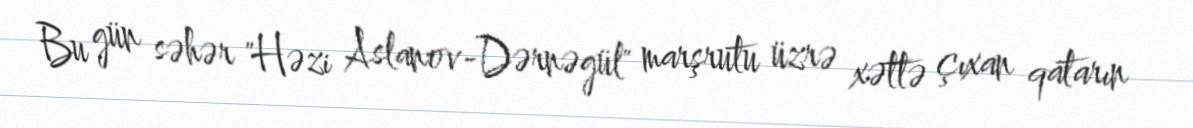
Bu gün səhər "Həzi Aslanov-Dərnəgül" marşrutu üzrə xəttə çıxan qatarın